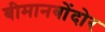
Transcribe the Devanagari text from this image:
बीमानबोंदोर